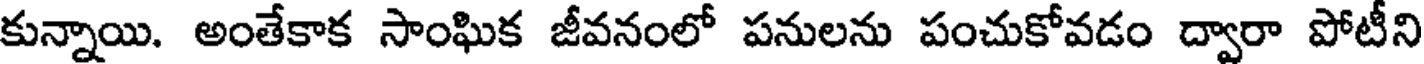
కున్నాయి. అంతేకాక సాంఘిక జీవనంలో పనులను పంచుకోవడం ద్వారా పోటీని